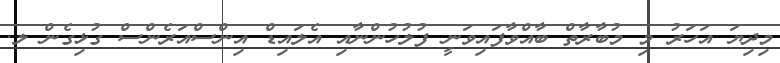
މިދިޔަ އަހަރު މި މުބާރާތް ބާއްވާފައިވަނީ ފުލުހުންނާއި އެލައިޑް އިންސްއަރެންސް ގުޅިގެން ލ.